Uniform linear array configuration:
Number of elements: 32
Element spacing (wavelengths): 1
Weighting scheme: blackman
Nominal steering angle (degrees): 45
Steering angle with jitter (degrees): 43.876
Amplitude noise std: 0.05
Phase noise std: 0.05

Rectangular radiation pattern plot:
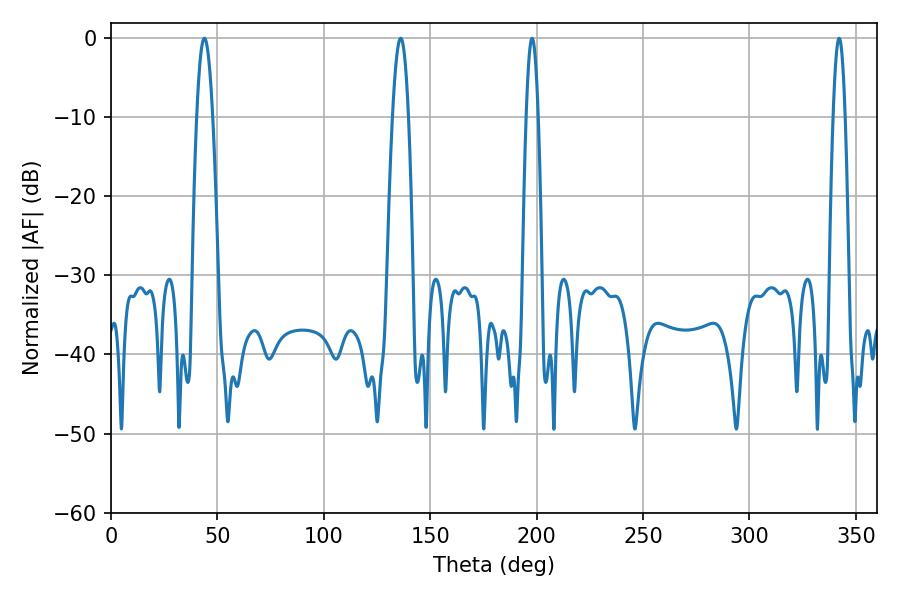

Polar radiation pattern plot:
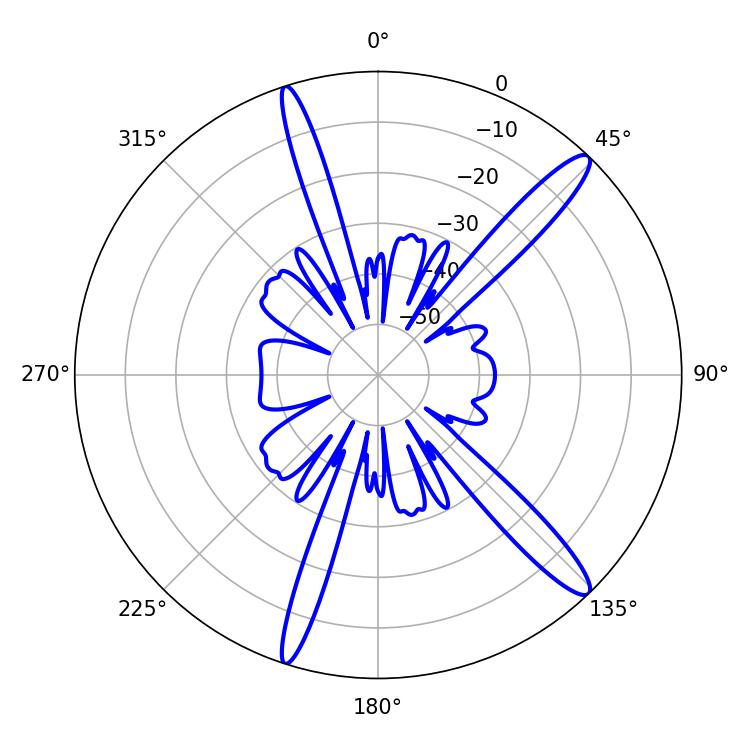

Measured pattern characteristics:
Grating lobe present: TRUE
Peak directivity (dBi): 14.45
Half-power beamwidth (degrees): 3.96
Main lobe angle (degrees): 43.92